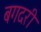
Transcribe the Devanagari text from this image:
बगदरी